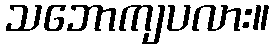
သဘောကျပလား။